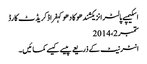
اسکیمپے پالٹرانزیکشندھوکادھوکہفراڈکریڈٹ کارڈ
ستمبر 2، 2014
انٹرنیٹ کے ذریعے پیسے کیسے کمائیں۔